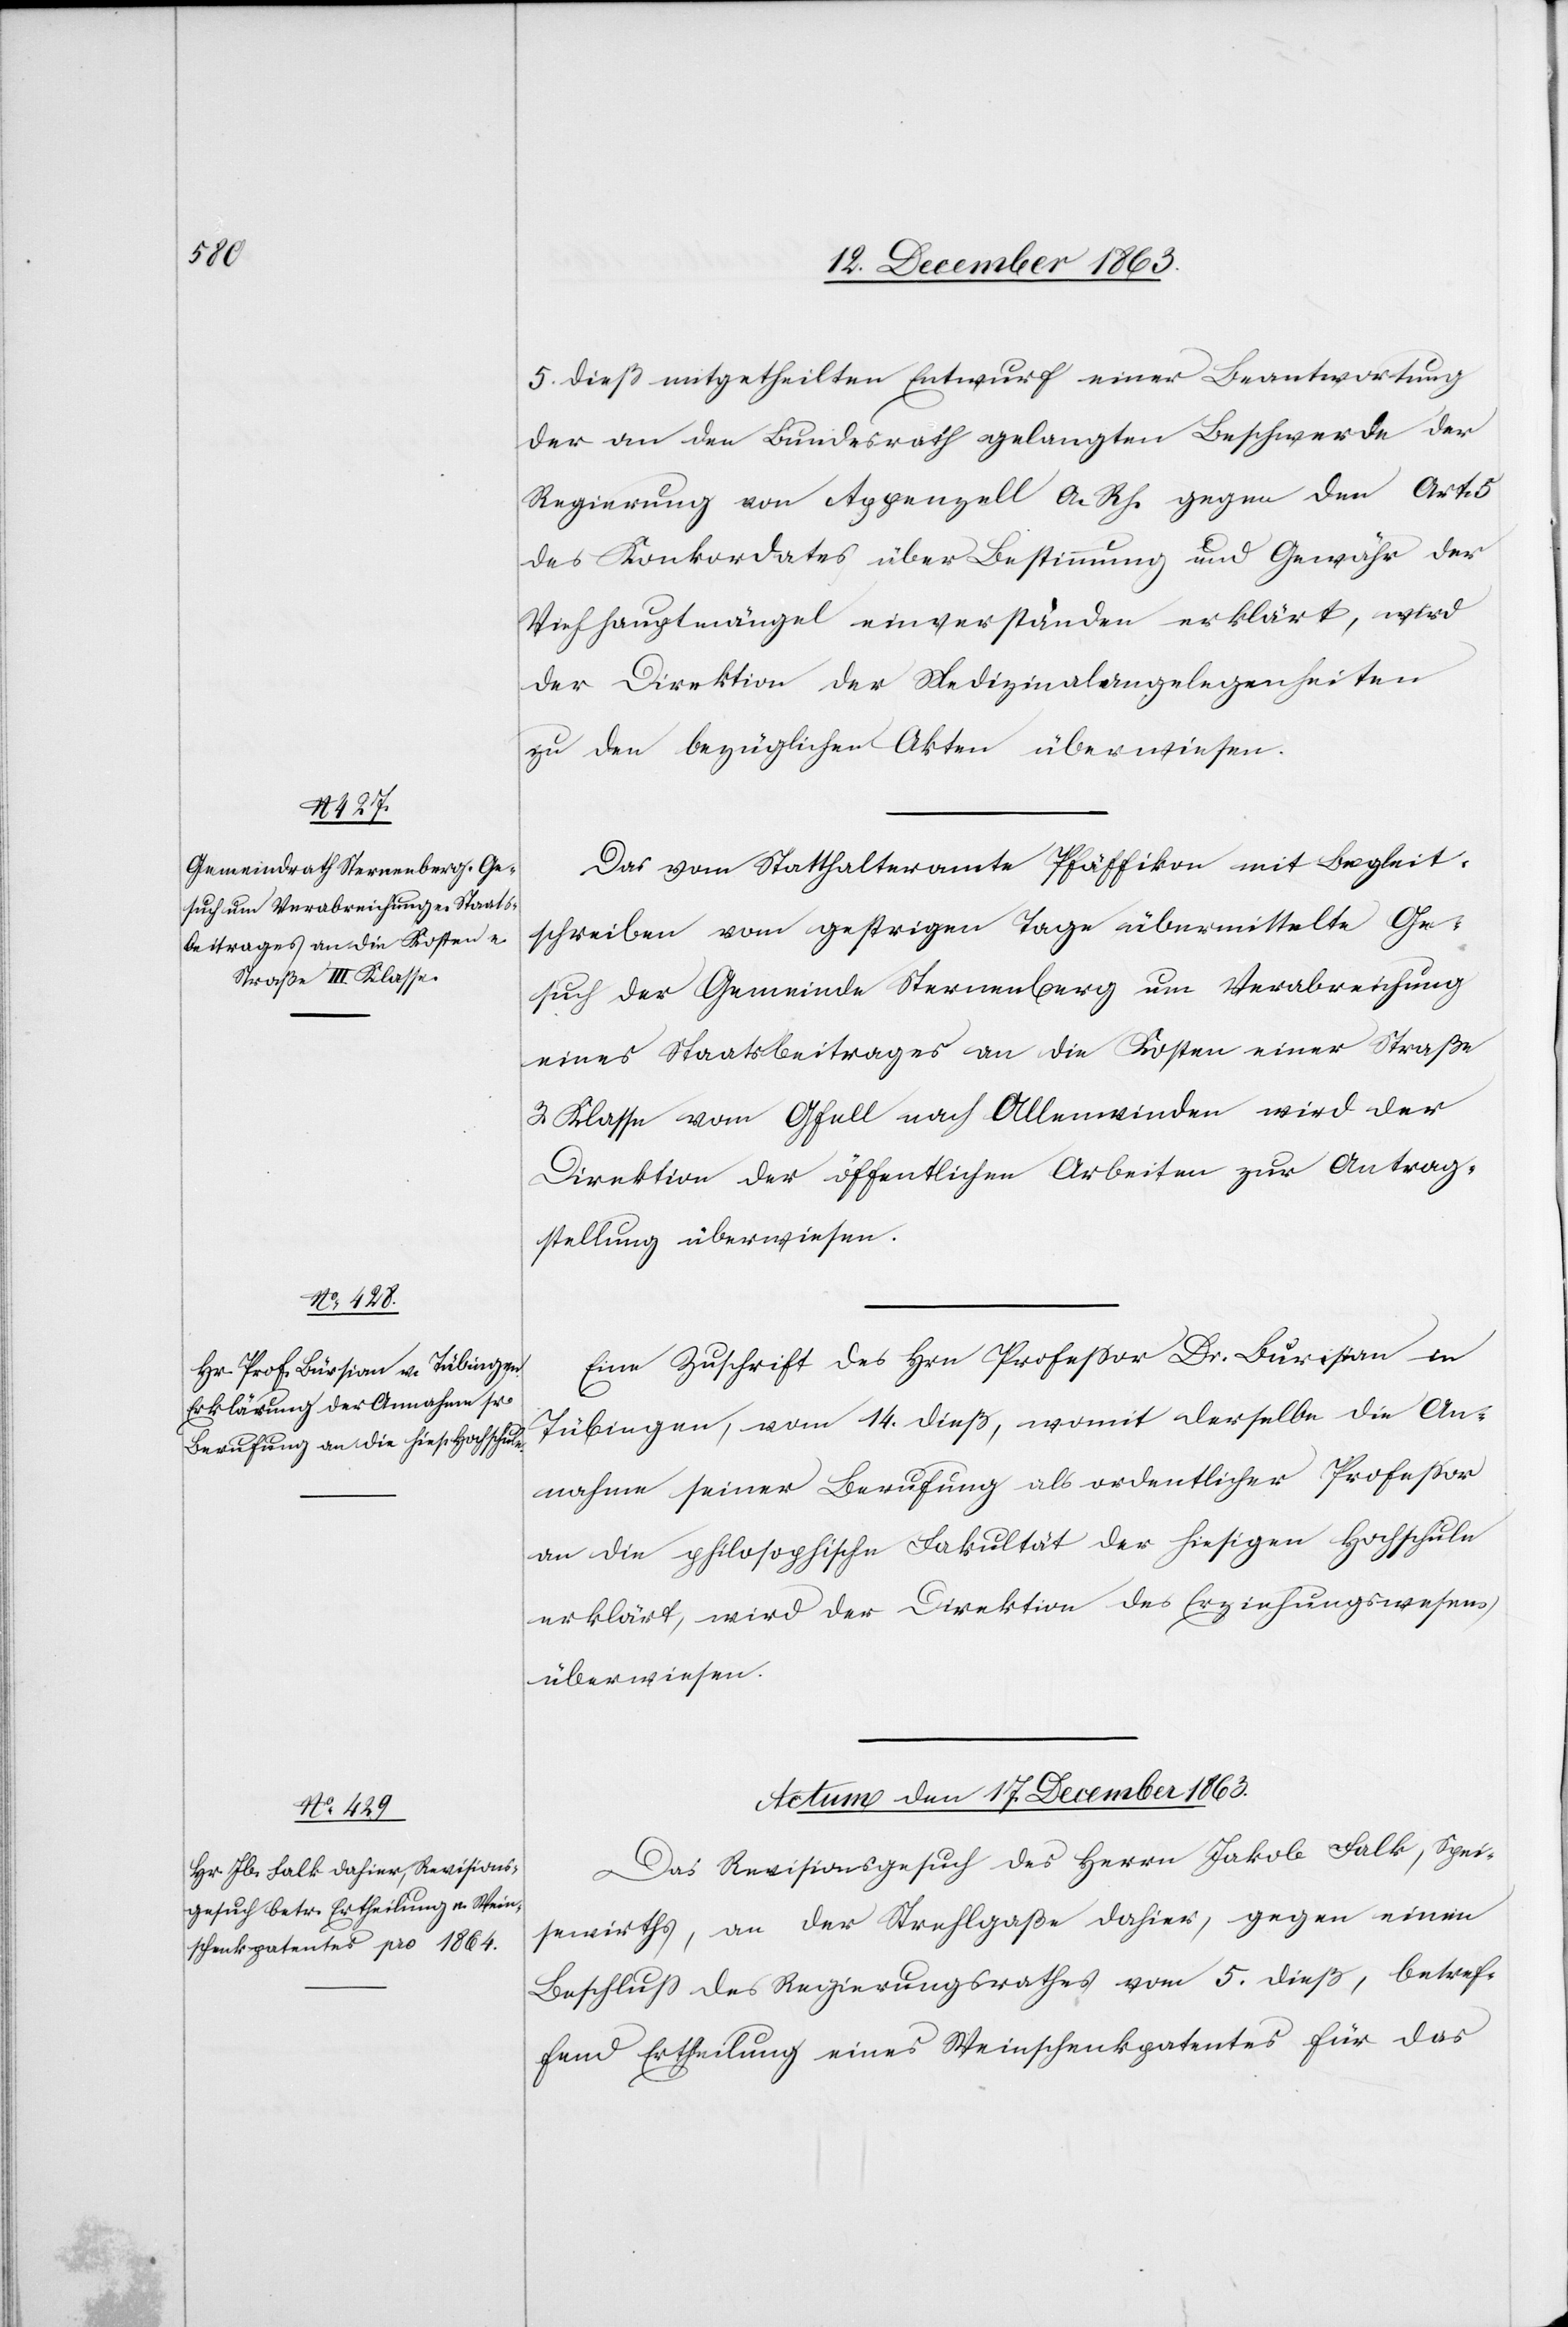
5. dieß mitgetheilten Entwurf einer Beantwortung
der an den Bundesrath gelangten Beschwerde der
Regierung von Appenzell A. Rh. gegen den Art.
des Konkordates über Bestimmung und Gewähr der
Viehhauptmängel einverstanden erklärt, wird
der Direktion der Medizinalangelegenheiten
zu den bezüglichen Akten überwiesen.
Das vom Statthalteramte Pfäffikon mit Begleit¬
schreiben vom gestrigen Tage übermittelte Ge¬
such der Gemeinde Sternenberg um Verabreichung
eines Staatsbeitrages an die Kosten einer Straße
3. Klasse vom Gfell nach Allenwinden wird der
Direktion der öffentlichen Arbeiten zur Antrag¬
stellung überwiesen.
Eine Zuschrift des Hrn Professor Dr. Burisian
Tübingen, vom 14. dieß, womit derselbe die An¬
nahme seiner Berufung als ordentlicher Professor
an die philosophische Fakultät der hiesigen Hochschule
erklärt, wird der Direktion des Erziehungswesens,
überwiesen.
Actum den 17. December 1863.
Das Revisionsgesuch des Herrn Jakob Falk, Spei¬
sewirths, an der Strehlgaße, dahier, gegen einen
Beschluss des Regierungsrathes vom 5. dieß, betref¬
fend Ertheilung eines Weinschenkpatentes für das